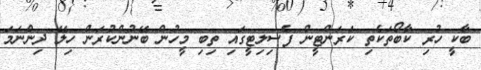
ބާކީ ހުރި ކާބޯތަކެތި ކަރަންޓީން ފެސިލިޓީގައި ތިބި މީހުން ބޭނުންކުރަން ހިލޭ ދިންނަމަ